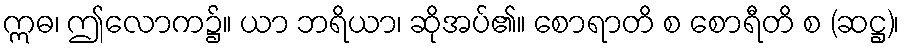
ဣဓ၊ ဤလောက၌။ ယာ ဘရိယာ၊ ဆိုအပ်၏။ စောရာတိ စ စောရီတိ စ (ဆဋ္ဌ)၊